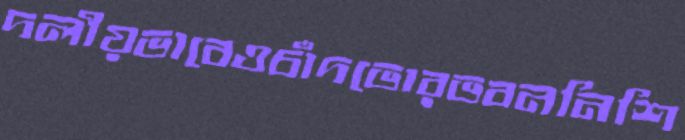
দলীয়ভাবেওচাঁদভোরভবননিশি